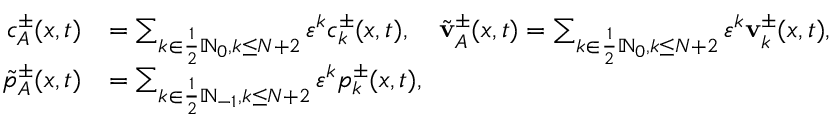
\begin{array} { r l } { c _ { A } ^ { \pm } ( x , t ) } & { = \sum _ { k \in \frac 1 2 \ensuremath { \mathbb { N } } _ { 0 } , k \leq N + 2 } \ensuremath { \varepsilon } ^ { k } c _ { k } ^ { \pm } ( x , t ) , \quad \tilde { \mathbf { v } } _ { A } ^ { \pm } ( x , t ) = \sum _ { k \in \frac 1 2 \ensuremath { \mathbb { N } } _ { 0 } , k \leq N + 2 } \ensuremath { \varepsilon } ^ { k } \mathbf { v } _ { k } ^ { \pm } ( x , t ) , } \\ { \tilde { p } _ { A } ^ { \pm } ( x , t ) } & { = \sum _ { k \in \frac 1 2 \ensuremath { \mathbb { N } } _ { - 1 } , k \leq N + 2 } \ensuremath { \varepsilon } ^ { k } p _ { k } ^ { \pm } ( x , t ) , } \end{array}